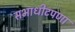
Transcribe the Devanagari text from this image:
सभाधीटपणा